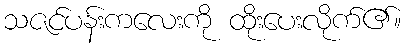
သဇင်ပန်းကလေးကို ထိုးပေးလိုက်၏။